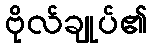
ဗိုလ်ချုပ်၏